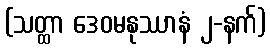
(သတ္ထာ ဒေဝမနုဿာနံ ၂-နက်)